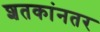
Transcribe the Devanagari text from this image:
शतकांनतर